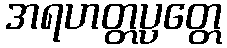
အရဟတ္တပ္ပတ္တေ